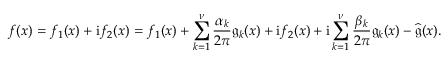
\mathrm { ο π ό τ ε ~ } f ( x ) = f _ { 1 } ( x ) + \mathrm { i } f _ { 2 } ( x ) = f _ { 1 } ( x ) + \displaystyle \sum _ { k = 1 } ^ { \nu } \frac { \alpha _ { k } } { 2 \pi } \mathfrak { g } _ { k } ( x ) + \mathrm { i } f _ { 2 } ( x ) + \mathrm { i } \sum _ { k = 1 } ^ { \nu } \frac { \beta _ { k } } { 2 \pi } \mathfrak { g } _ { k } ( x ) - \widehat { \mathfrak { g } } ( x ) .